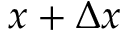
x + \Delta x